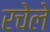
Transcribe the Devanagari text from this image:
रचेले